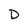
Character: D